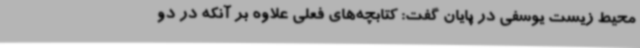
محیط زیست یوسفی در پایان گفت: کتابچه‌های فعلی علاوه بر آنکه در دو